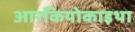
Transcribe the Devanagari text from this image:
आरकियोकाइथा